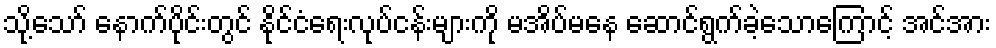
သို့သော် နောက်ပိုင်းတွင် နိုင်ငံရေးလုပ်ငန်းများကို မအိပ်မနေ ဆောင်ရွက်ခဲ့သောကြောင့် အင်အား